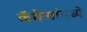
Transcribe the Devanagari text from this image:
कॅमेऱ्यांमध्ये